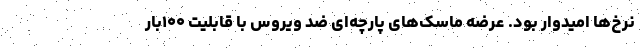
نرخ‌ها امیدوار بود. عرضه ماسک‌های پارچه‌ای ضد ویروس با قابلیت ۱۰۰بار